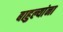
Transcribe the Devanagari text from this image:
बाहुल्यांना